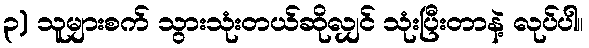
၃) သူများစက် သွားသုံးတယ်ဆိုလျှင် သုံးပြီးတာနဲ့ လုပ်ပါ။